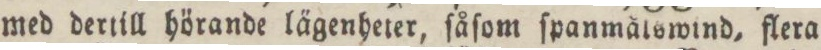
med dertill hörande lägenheter, såſom ſpanmålswind, flera